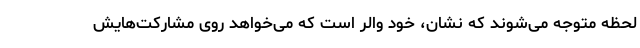
لحظه متوجه می‌شوند که نشان، خود والر است که می‌خواهد روی مشارکت‌هایش